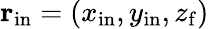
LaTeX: {\mathbf r}_{\mathrm{in}}=(x_{\mathrm{in}},y_{\mathrm{in}},z_{\mathrm{f}})